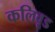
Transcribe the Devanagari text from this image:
कलिवूड